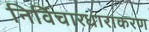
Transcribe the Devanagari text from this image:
निर्विचारधाराकरण